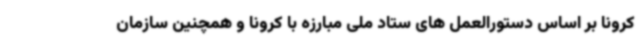
کرونا بر اساس دستورالعمل های ستاد ملی مبارزه با کرونا و همچنین سازمان